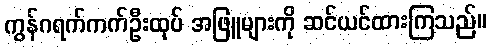
ကွန်ဂရက်ကက်ဦးထုပ် အဖြူများကို ဆင်ယင်ထားကြသည်။